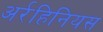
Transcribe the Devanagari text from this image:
अर्रहिनियस